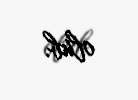
olub.